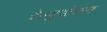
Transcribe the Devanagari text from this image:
रेल्युलेशन